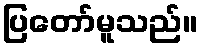
ပြတော်မူသည်။